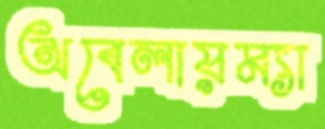
অবেলায়ম্যা